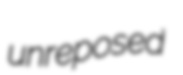
unreposed